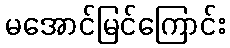
မအောင်မြင်ကြောင်း